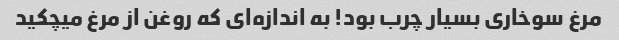
مرغ سوخاری بسیار چرب بود! به اندازه‌ای که روغن از مرغ میچکید